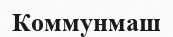
Коммунмаш